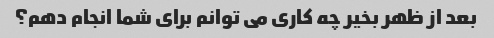
بعد از ظهر بخیر چه کاری می توانم برای شما انجام دهم؟